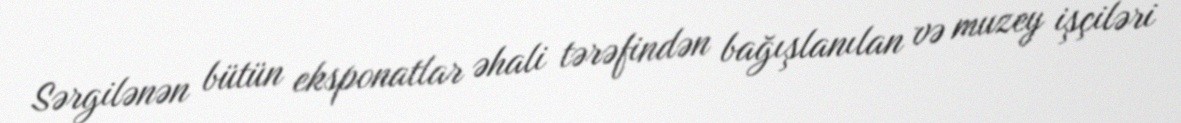
Sərgilənən bütün eksponatlar əhali tərəfindən bağışlanılan və muzey işçiləri